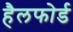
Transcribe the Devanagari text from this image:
हैलफोर्ड